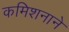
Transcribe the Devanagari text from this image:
कमिशनाने